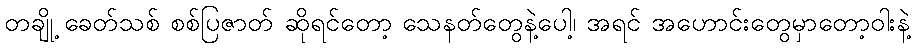
တချို့ ခေတ်သစ် စစ်ပြဇာတ် ဆိုရင်တော့ သေနတ်တွေနဲ့ပေါ့၊ အရင် အဟောင်းတွေမှာတော့ဝါးနဲ့